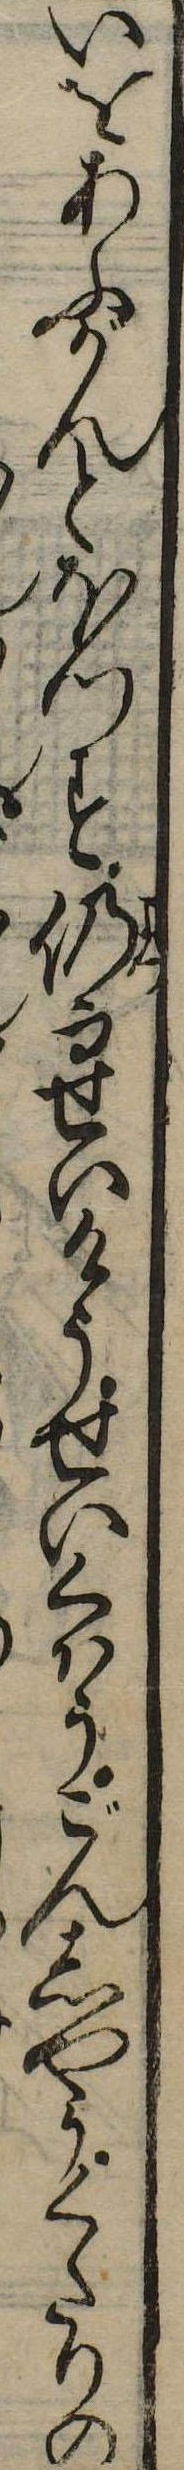
いをあふがんとほつす仍てせいけうせいくはうごんしやうくたりの